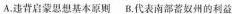
A.违背启蒙思想基本原则 B.代表南部答奴州的利益